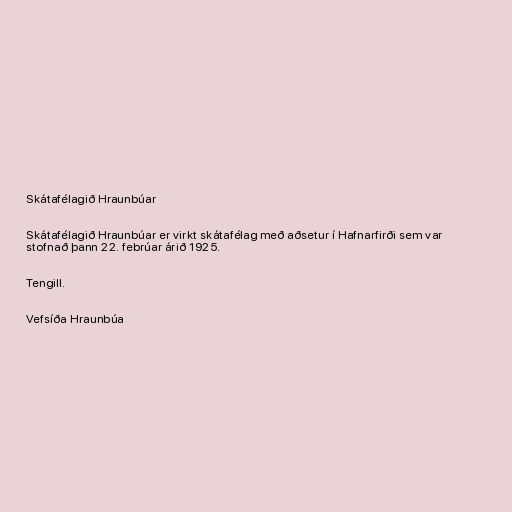
Skátafélagið Hraunbúar

Skátafélagið Hraunbúar er virkt skátafélag með aðsetur í Hafnarfirði sem var
stofnað þann 22. febrúar árið 1925.

Tengill.

Vefsíða Hraunbúa